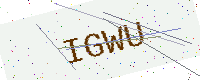
Text: IGWU